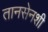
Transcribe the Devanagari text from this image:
तानसेनशी